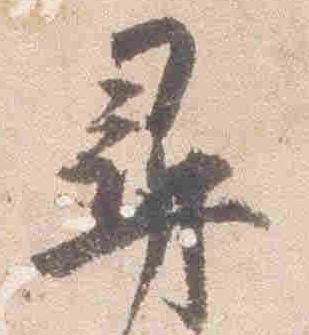
尋